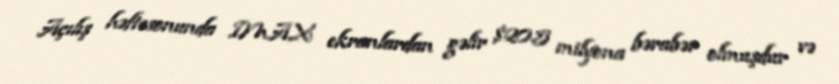
Açılış həftəsonunda IMAX ekranlardan gəlir $20.5 milyona bərabər olmuşdur və